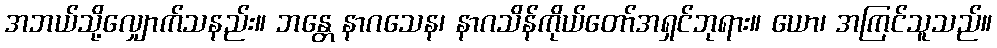
အဘယ်သို့လျှောက်သနည်း။ ဘန္တေ နာဂသေန၊ နာဂသိန်ကိုယ်တော်အရှင်ဘုရား။ ယော၊ အကြင်သူသည်။